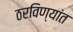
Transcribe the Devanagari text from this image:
ठरविण्यांत